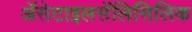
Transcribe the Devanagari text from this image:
ॲसेटाइलसॅलिसिलिक